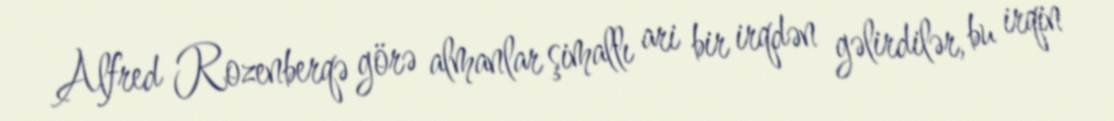
Alfred Rozenberqə görə almanlar şimallı ari bir irqdən gəlirdilər, bu irqin